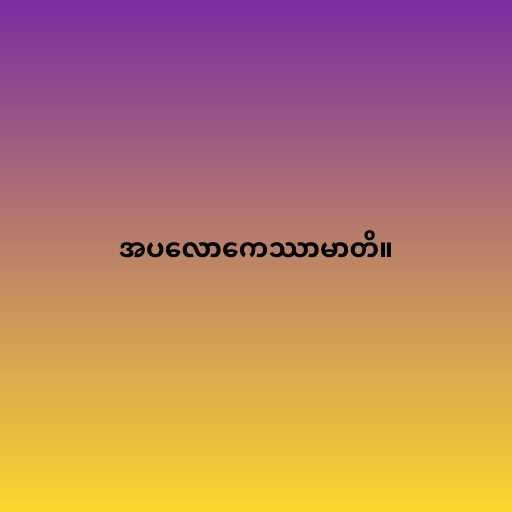
အပလောကေဿာမာတိ။